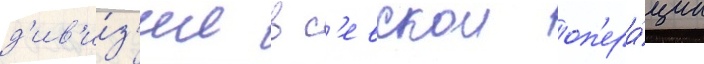
д'ив'и́з'ии в с'евскои оп'ера́ции